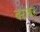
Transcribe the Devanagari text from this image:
बराबर्